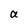
Character: a